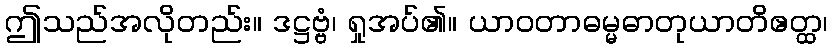
ဤသည်အလိုတည်း။ ဒဋ္ဌဗ္ဗံ၊ ရှုအပ်၏။ ယာဝတာဓမ္မဓာတုယာတိဧတ္ထ၊